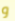
و